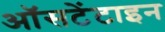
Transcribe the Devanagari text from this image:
ऑसटेंटाइन